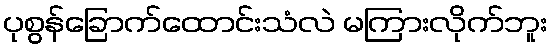
ပုစွန်ခြောက်ထောင်းသံလဲ မကြားလိုက်ဘူး